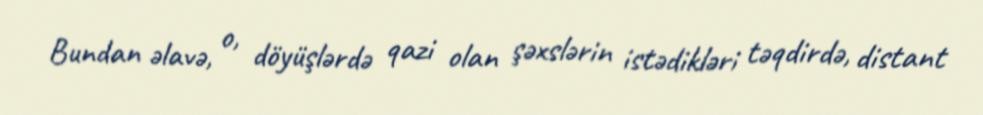
Bundan əlavə, o, döyüşlərdə qazi olan şəxslərin istədikləri təqdirdə, distant